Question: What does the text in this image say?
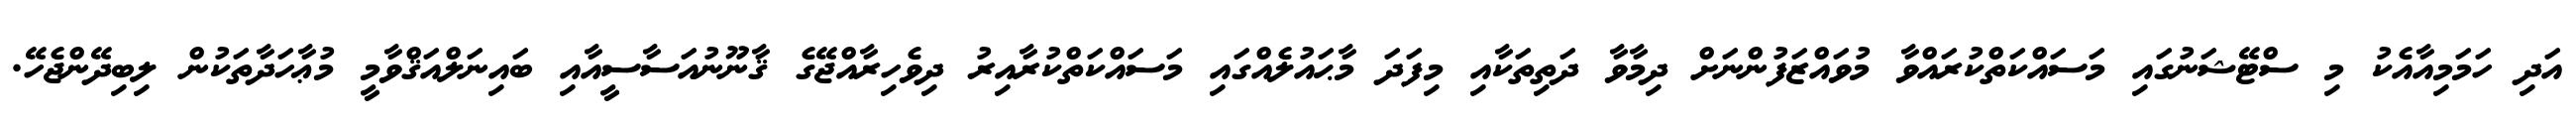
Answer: އަދި ހަމަމިއާއެކު މި ސްޓޭޝަނުގައި މަސައްކަތްކުރައްވާ މުވައްޒަފުންނަށް ދިމާވާ ދަތިތަކާއި މިފަދަ މާޙައުލެއްގައި މަސައްކަތްކުރާއިރު ދިވެހިރާއްޖޭގެ ޤާނޫނުއަސާސީއާއި ބައިނަލްއަޤްވާމީ މުޢާހަދާތަކުން ލިބިދޭންޖެހޭ.